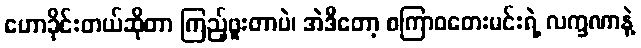
ဟောခိုင်းတယ်ဆိုတာ ကြည့်ဖူးတာပဲ၊ အဲဒီတော့ စကြာဝတေးမင်းရဲ့ လက္ခဏာနဲ့